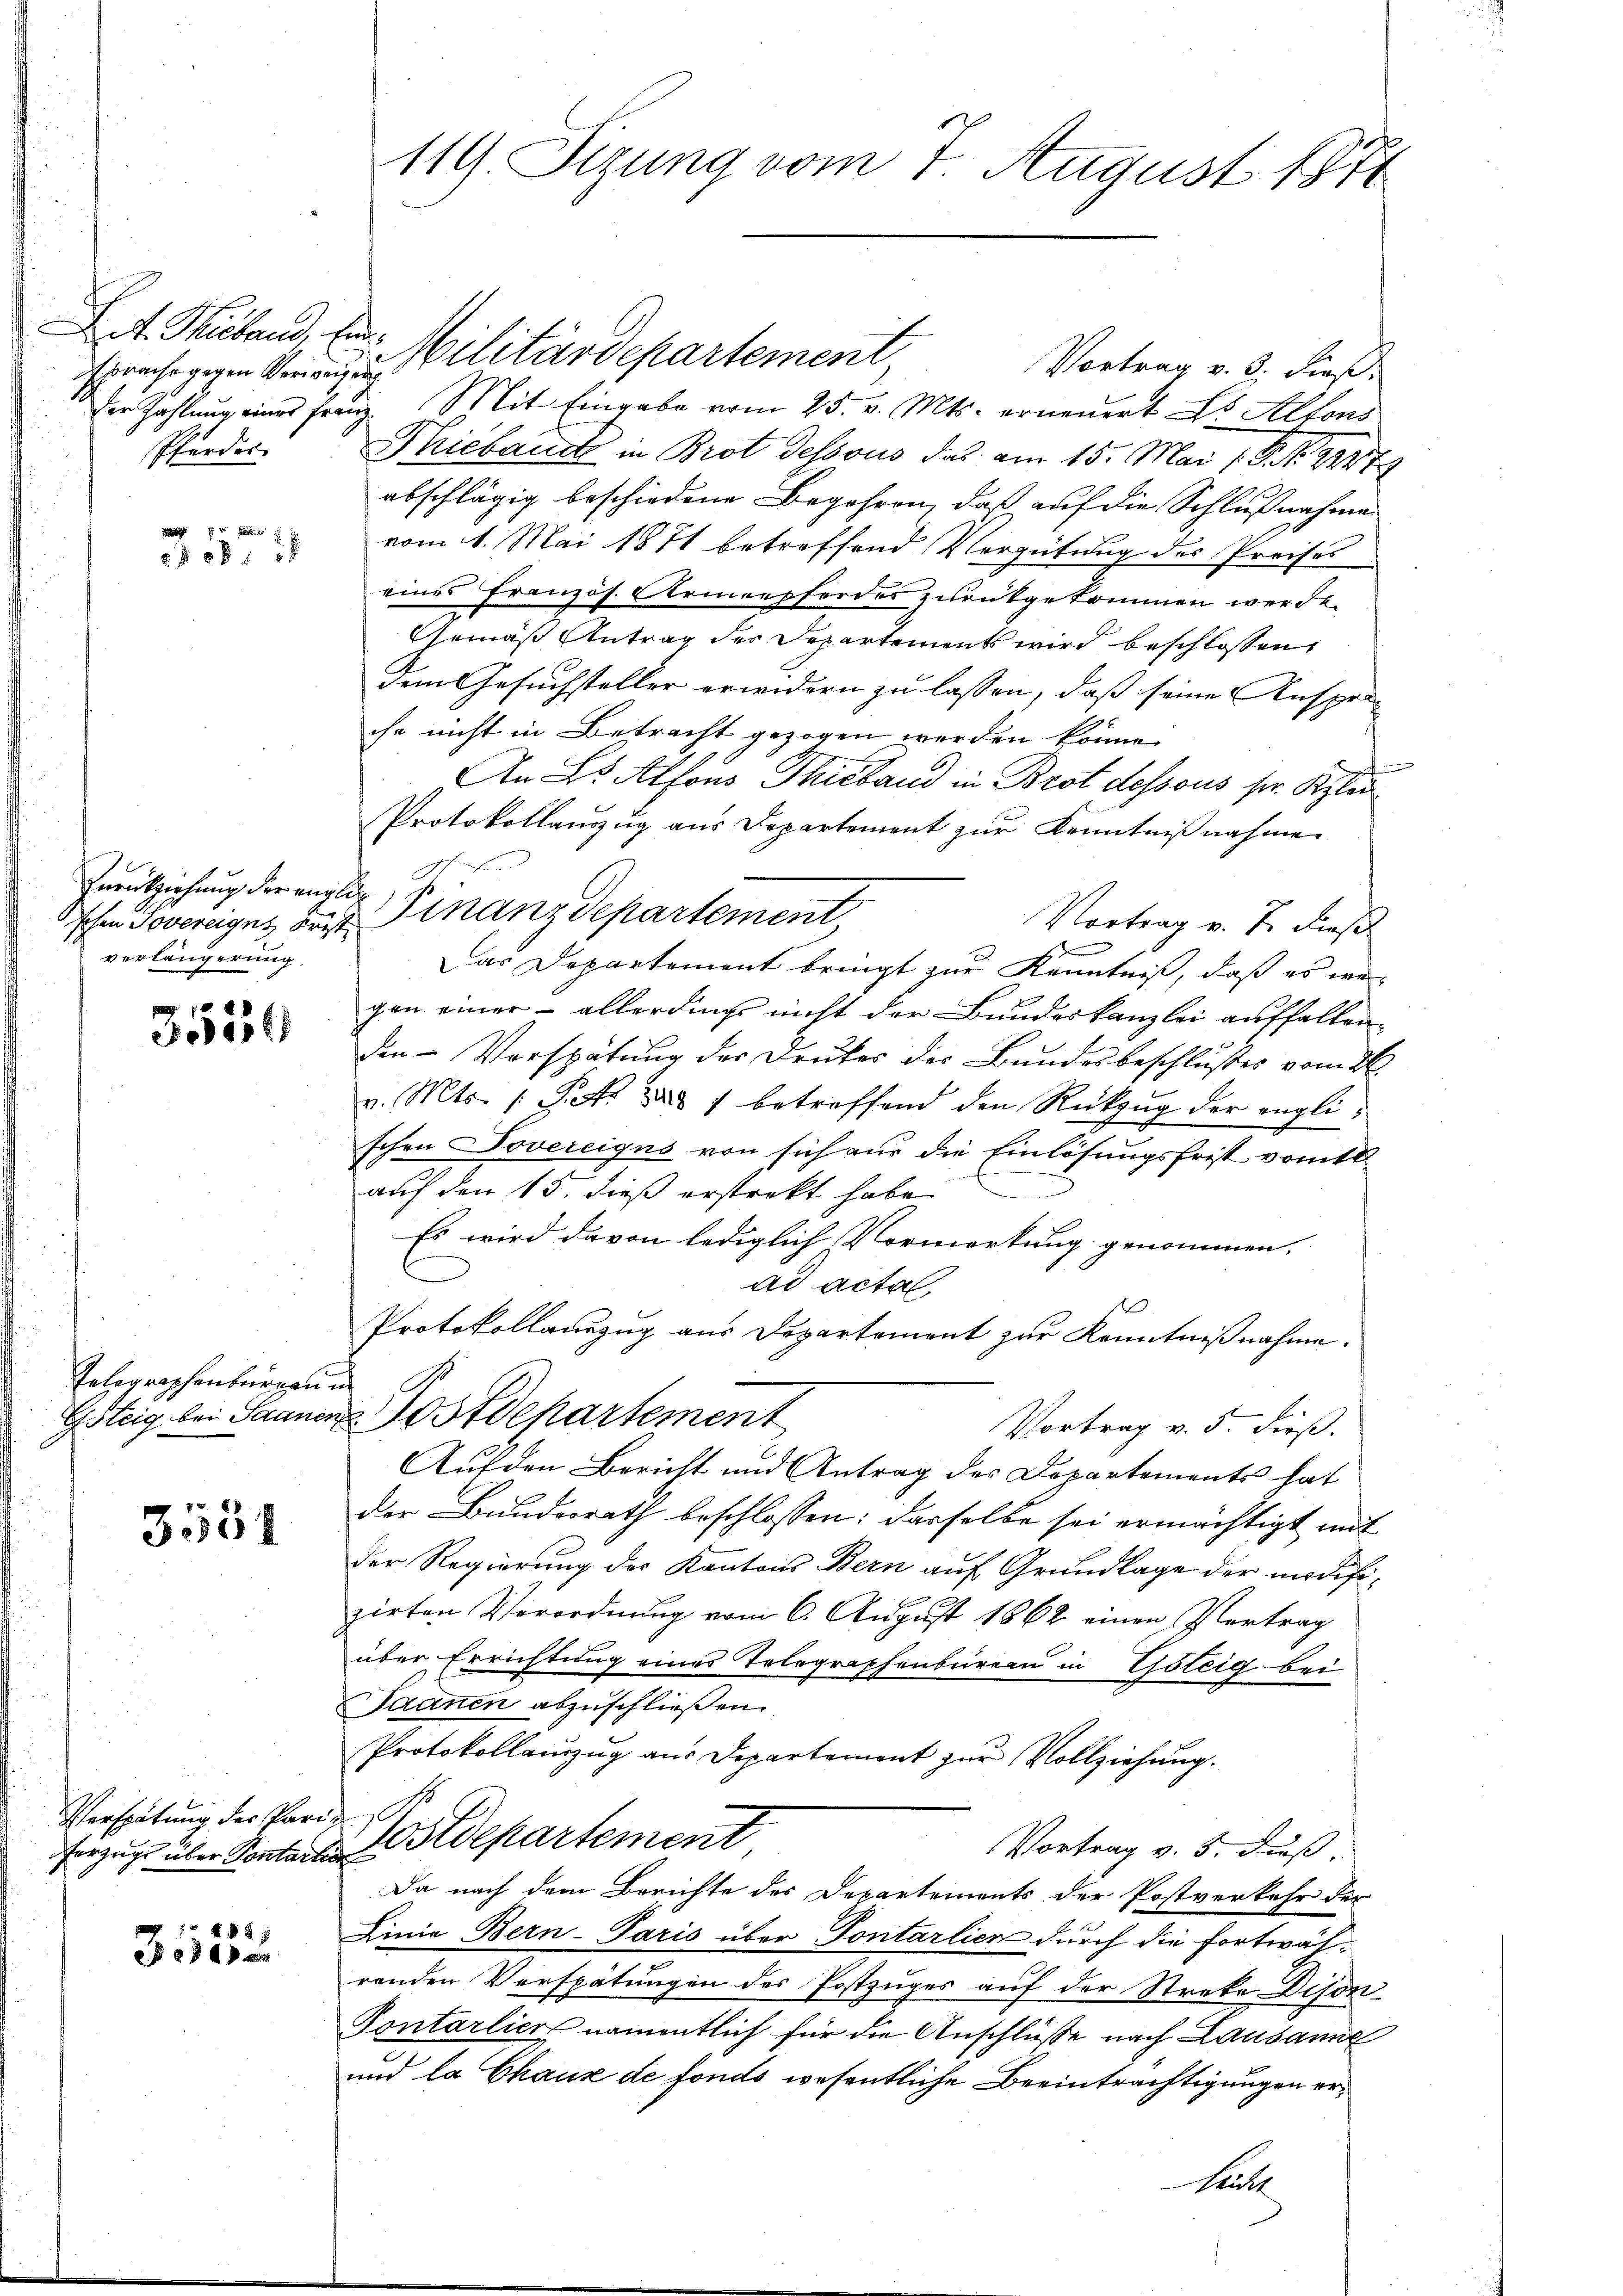
sprache gegen Verweigung
Pferdor

1
517

Zurückziehung der engliverlängerung

3550

Telegraphenburgen

3551

Verspätung des Parferzugs über Pontart

85
30 x

119. Sizung vom 7. August 1871

Act. Siebend, zur Militärdepartement,
Vortrag v. 3. dieß,
der Zahlung eines Franz. Mit Eingabe vom 25. v. Mts. erneuert Dr Alfons
Thieband in Brot dessous das am 15. Mai (P. Nr. 2247
abschlägig beschiedene Begehren, daß auf die Schlußnahmen
vom 1. Mai 1871 betreffend Vergütung des Preises
eines französ. Armenpferdes zurükgekommen werde.
Gemäß Antrag der Departements wird beschlossen,
dem Gesuchsteller erwidern zu lassen, daß seine Anspre-
che nicht in Betracht gezogen werden könne.
An Lt. Alfons Thieband in Brot dessous ser Klau
Protokollauszug aus Departement zur Kenntnißnahme.
2
schen Sovereiges der Finanzdepartement,
Vortrag v. J. dieß
1
Das Departement bringt zur Kenntniß, daß es wegen einer – allerdings nicht der Bundeskanzlei auffallen
den- Verspätung der Druker des Bundesbeschlusses vom 26.
v. Mts. 1 Petr. zu 7 betreffend den Rückzug der englischen Dovereigus von sich aus die Einlösungsfrist vom 18.
auf den 15. dieß erstrekt habe.
Es wird davon lediglich Vormerkung genommen.
ad acta.
Protokollauszug aus Departement zur Kenntnißnahme.
.
Gsteig bei Saanen Postdepartement
Vortrag v. 5. dieß.
Auf den Bericht und Antrag des Departements hat
der Bundesrath beschlossen: dasselbe sei ermächtigt mit
der Regierung des Kantons Bern auf Grundlage der modifizirten Verordnung vom 6. August 1862 einen Vertrag
über Errichtung eines Telegraphenbureau in Gsteig bei
Saanen abzuschließen.
Protokollauzug aus Departement zur Vollziehung.
e
2stdepartement
Vortrag v. 5. Fuß.
Da nach dem Berichte des Departements der Postverkehr der
Linie Bern-Paris über Tontarlich durch die fortwährenden Verspätungen des Postzuges auf der Streke Dison¬
Pontarlier namentlich für die Anschlüsse nach Lausanne
und la Chaus de fonds wesentliche Beeinträchtigungen er¬
Statt